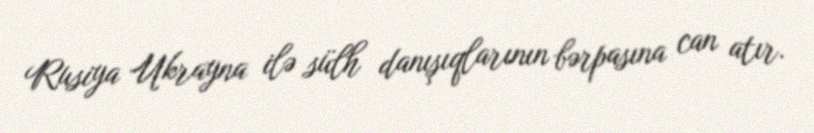
Rusiya Ukrayna ilə sülh danışıqlarının bərpasına can atır.